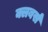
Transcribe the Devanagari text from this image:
क्लबर्स